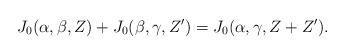
LaTeX: \begin{align*} J_{0}(\alpha,\beta,Z)+J_{0}(\beta,\gamma,Z')=J_{0}(\alpha,\gamma,Z+Z'). \end{align*}